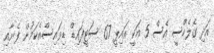
އަދި ގެލެކްސީ އެސް 5 އަކީ އައިޕީ 67 ސަޓީފައިޑް ޑިވައިސްއެކަމުން ފެނާއި